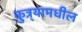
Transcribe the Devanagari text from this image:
कुत्र्यामधील